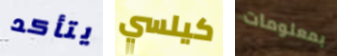
يتأكد كيلسي بمعلومات